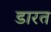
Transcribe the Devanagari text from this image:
डारत